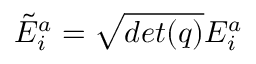
{ \tilde { E } } _ { i } ^ { a } = { \sqrt { d e t ( q ) } } E _ { i } ^ { a }